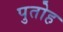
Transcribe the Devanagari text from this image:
पुतोह